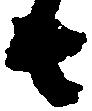
者